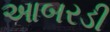
આબરડી